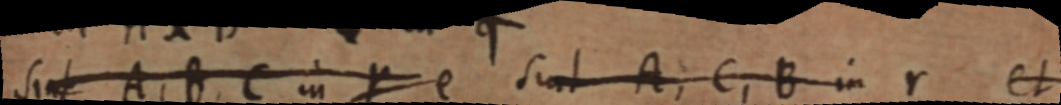
Sint A, B, C in Y e sint A, C, B in Y et